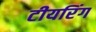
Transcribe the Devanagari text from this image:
टीयरिंग